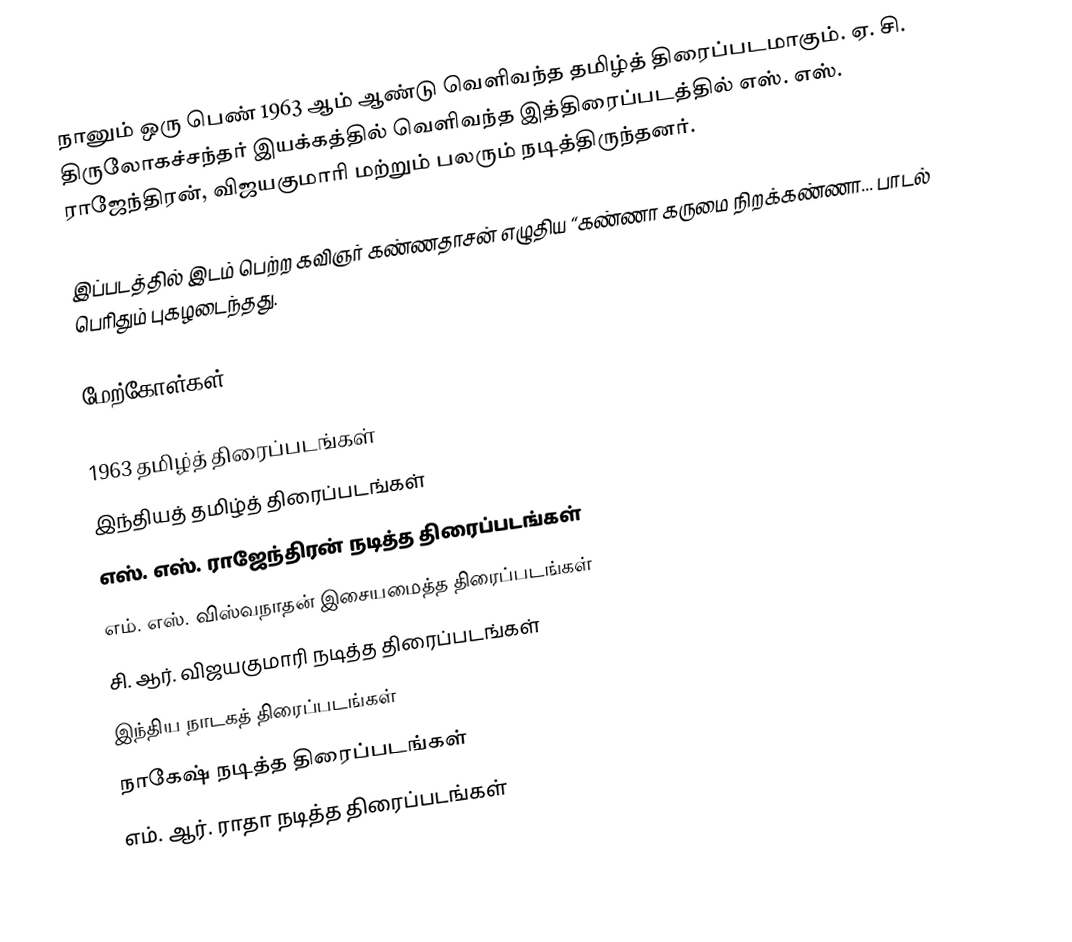
நானும் ஒரு பெண் 1963 ஆம் ஆண்டு வெளிவந்த தமிழ்த் திரைப்படமாகும். ஏ. சி. திருலோகச்சந்தர் இயக்கத்தில் வெளிவந்த இத்திரைப்படத்தில் எஸ். எஸ். ராஜேந்திரன், விஜயகுமாரி மற்றும் பலரும் நடித்திருந்தனர்.

இப்படத்தில் இடம் பெற்ற கவிஞர் கண்ணதாசன் எழுதிய “கண்ணா கருமை நிறக்கண்ணா... பாடல் பெரிதும் புகழடைந்தது.

மேற்கோள்கள்

1963 தமிழ்த் திரைப்படங்கள்
இந்தியத் தமிழ்த் திரைப்படங்கள்
எஸ். எஸ். ராஜேந்திரன் நடித்த திரைப்படங்கள்
எம். எஸ். விஸ்வநாதன் இசையமைத்த திரைப்படங்கள்
சி. ஆர். விஜயகுமாரி நடித்த திரைப்படங்கள்
இந்திய நாடகத் திரைப்படங்கள்
நாகேஷ் நடித்த திரைப்படங்கள்
எம். ஆர். ராதா நடித்த திரைப்படங்கள்